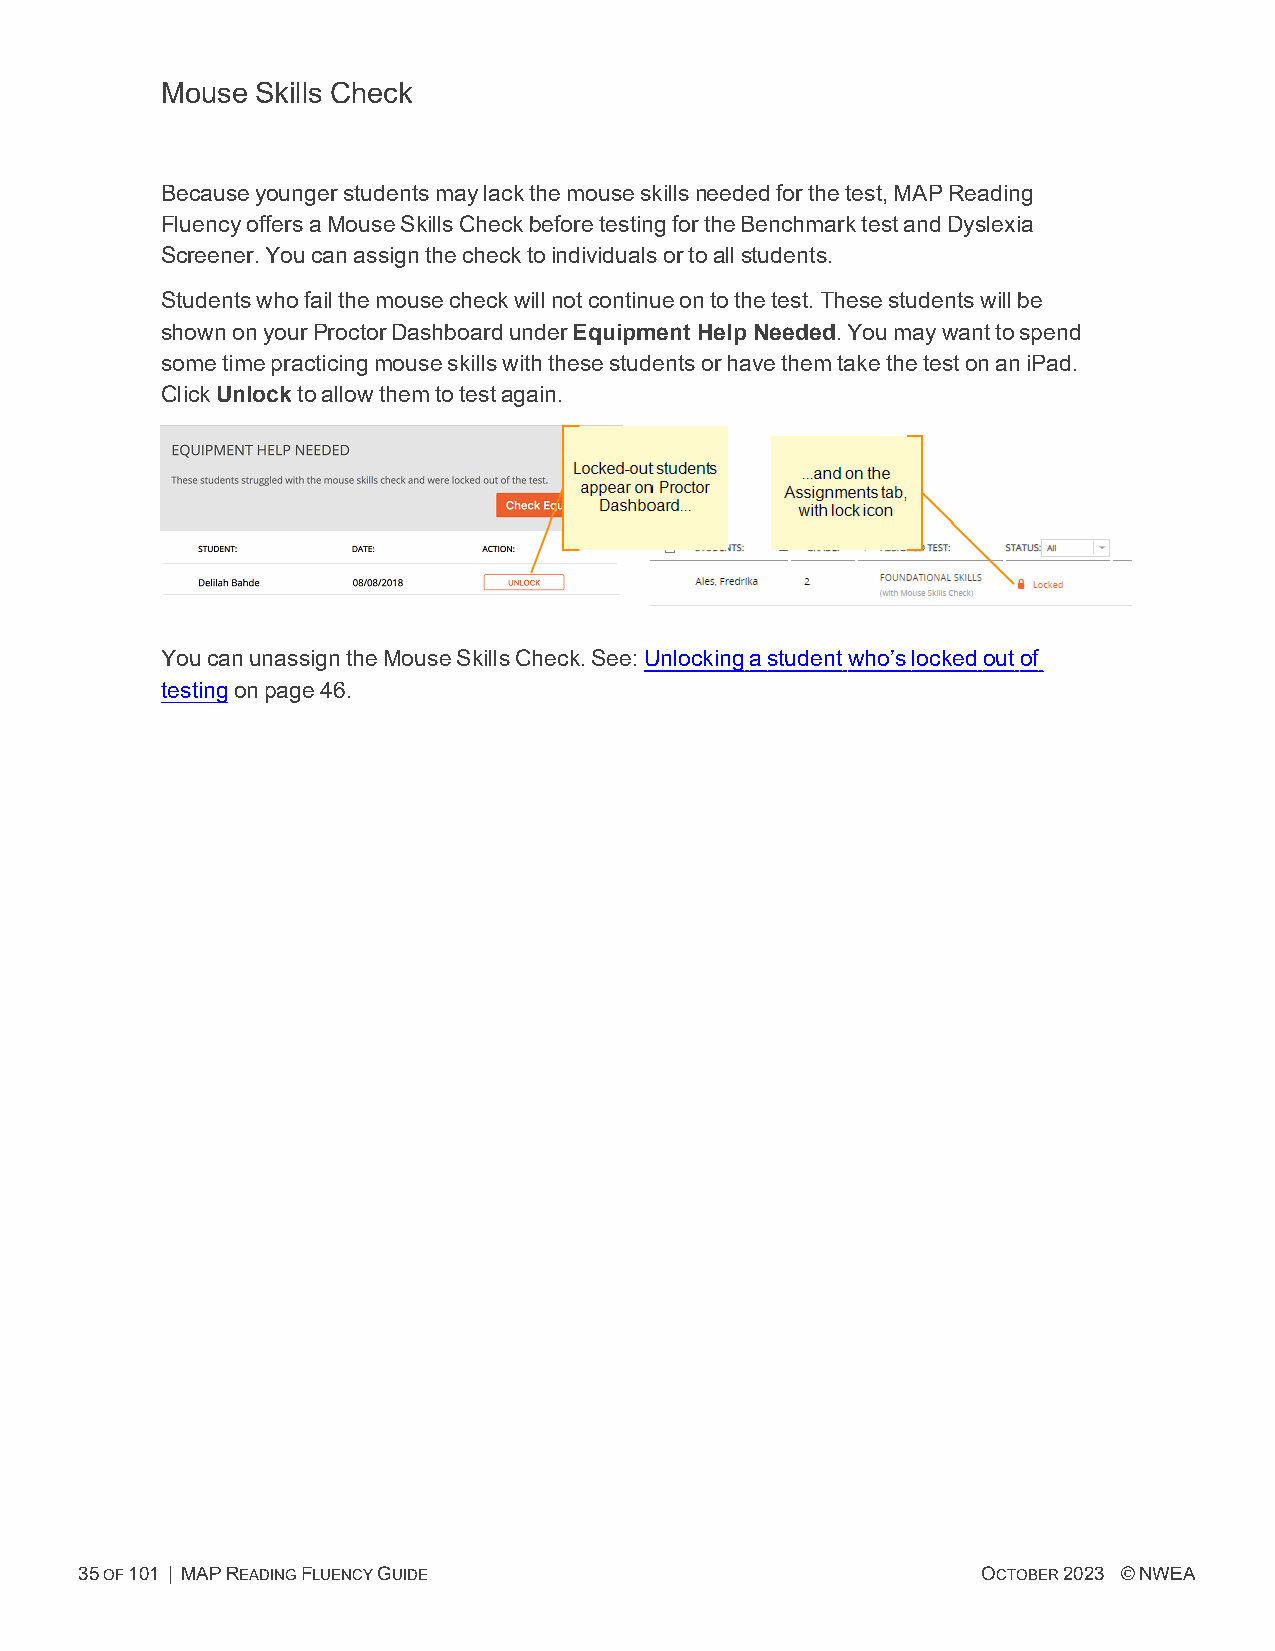
Mouse Skills Check
 Becauseyoungerstudentsmaylackthemouseskillsneededforthetest,MAPReading
 FluencyoffersaMouseSkillsCheckbeforetestingfortheBenchmarktestandDyslexia
 Screener.Youcanassignthechecktoindividualsortoallstudents.
 Studentswhofailthemousecheckwillnotcontinueontothetest.Thesestudentswillbe
 shownonyourProctorDashboardunderEquipment Help Needed.Youmaywanttospend
 sometimepracticingmouseskillswiththesestudentsorhavethemtakethetestonaniPad.
 ClickUnlocktoallowthemtotestagain.
 YoucanunassigntheMouseSkillsCheck.See: Unlockingastudentwho’slockedoutof
 testingonpage46.
 35OF101 | MAPREADINGFLUENCYGUIDE                            OCTOBER2023 ©NWEA